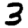
Digit: 3